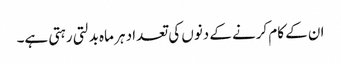
ان کے کام کرنے کے دنوں کی تعداد ہر ماہ بدلتی رہتی ہے۔